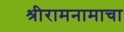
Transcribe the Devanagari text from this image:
श्रीरामनामाचा